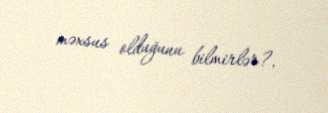
məxsus olduğunu bilmirlər?.